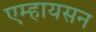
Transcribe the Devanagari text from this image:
एम्हायसन